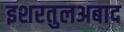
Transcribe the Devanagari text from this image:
इशरतुलअबाद